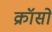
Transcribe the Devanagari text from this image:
क्रॉसो